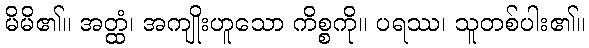
မိမိ၏။ အတ္ထံ၊ အကျိုးဟူသော ကိစ္စကို။ ပရဿ၊ သူတစ်ပါး၏။